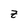
Character: Z